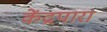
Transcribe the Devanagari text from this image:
केंद्रपारा